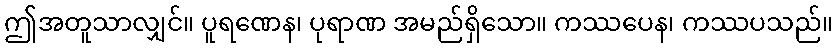
ဤအတူသာလျှင်။ ပူရဏေန၊ ပုရာဏ အမည်ရှိသော။ ကဿပေန၊ ကဿပသည်။